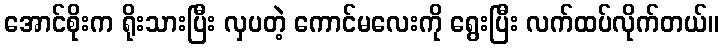
အောင်စိုးက ရိုးသားပြီး လှပတဲ့ ကောင်မလေးကို ရွေးပြီး လက်ထပ်လိုက်တယ်။